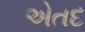
એતદ